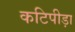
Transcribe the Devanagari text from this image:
कटिपीड़ा